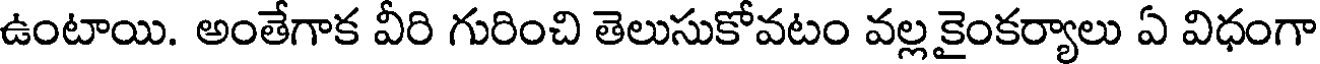
ఉంటాయి. అంతేగాక వీరి గురించి తెలుసుకోవటం వల్ల కైంకర్యాలు ఏ విధంగా